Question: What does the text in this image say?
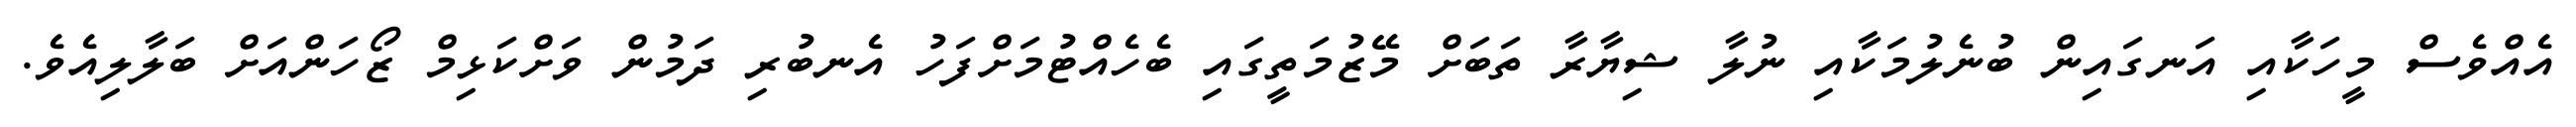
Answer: އެއްވެސް މީހަކާއި އަނގައިން ބުނެލުމަކާއި ނުލާ ޝިޔާރާ ތަބަށް މޭޒުމަތީގައި ބެހެއްޓުމަށްފަހު އެނބުރި ދަމުން ވަށްކަޅިމް ޒޯހަންއަށް ބަލާލިއެވެ.